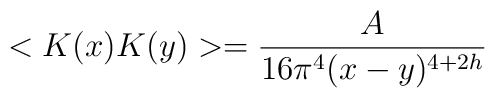
<K(x)K(y)>=\frac{A}{16\pi ^{4}(x-y)^{4+2h}}